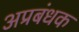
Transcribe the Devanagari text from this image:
अप्रबंधक